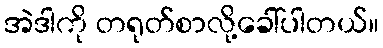
အဲဒါကို တရုတ်စာလို့ခေါ်ပါတယ်။